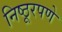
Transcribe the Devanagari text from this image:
निष्ठूरपणे